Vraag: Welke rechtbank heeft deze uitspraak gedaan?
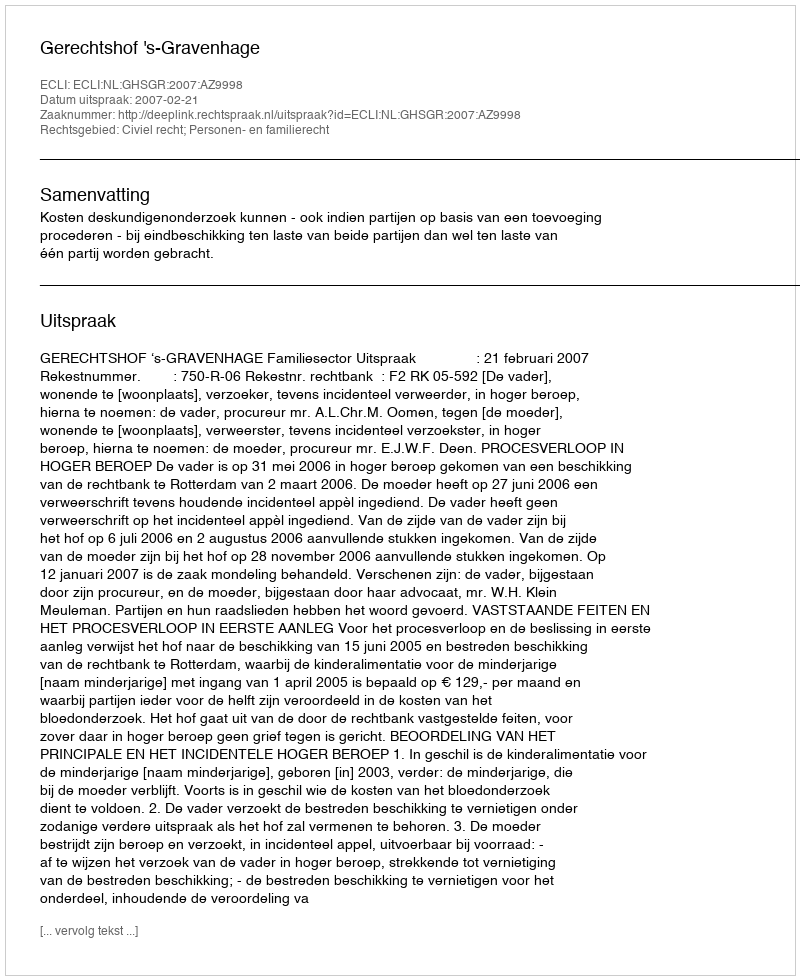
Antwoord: Gerechtshof 's-Gravenhage